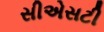
સીએસટી